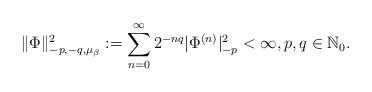
LaTeX: \begin{align*}\|\Phi\|_{-p,-q,\mu_{\beta}}^{2}:=\sum_{n=0}^{\infty}2^{-nq}|\Phi^{(n)}|_{-p}^{2}<\infty,p,q\in\mathbb{N}_{0}.\end{align*}